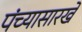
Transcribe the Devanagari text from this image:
पंच्यासारखे